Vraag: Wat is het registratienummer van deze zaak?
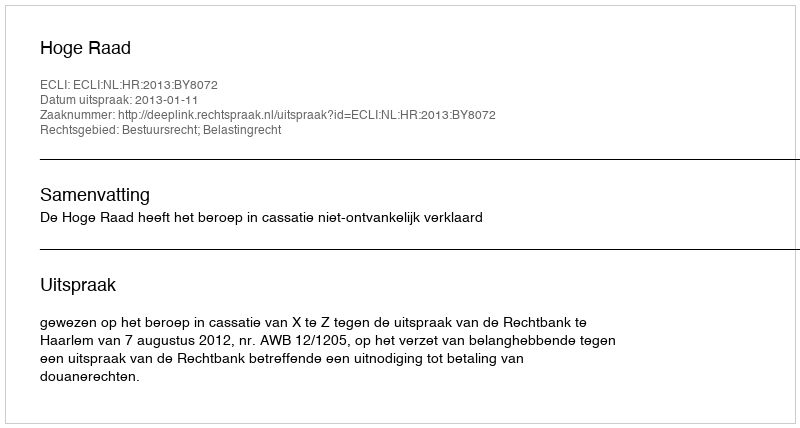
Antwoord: http://deeplink.rechtspraak.nl/uitspraak?id=ECLI:NL:HR:2013:BY8072